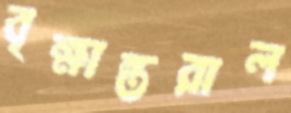
বৃক্ষান্তরাল